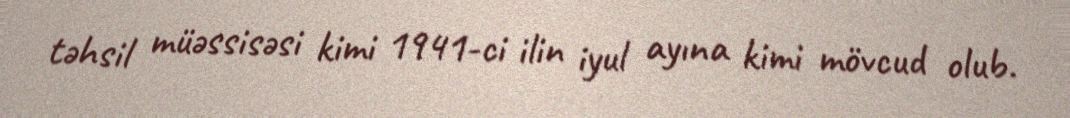
təhsil müəssisəsi kimi 1941-ci ilin iyul ayına kimi mövcud olub.